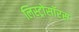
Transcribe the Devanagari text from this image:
लिस्ट्रोसॉरस